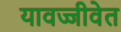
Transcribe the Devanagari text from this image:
यावज्जीवेत